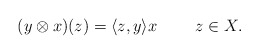
\begin{align*}(y \otimes x)(z)=\langle z,y \rangle x {\hskip 2em} \, \, z \in X.\end{align*}